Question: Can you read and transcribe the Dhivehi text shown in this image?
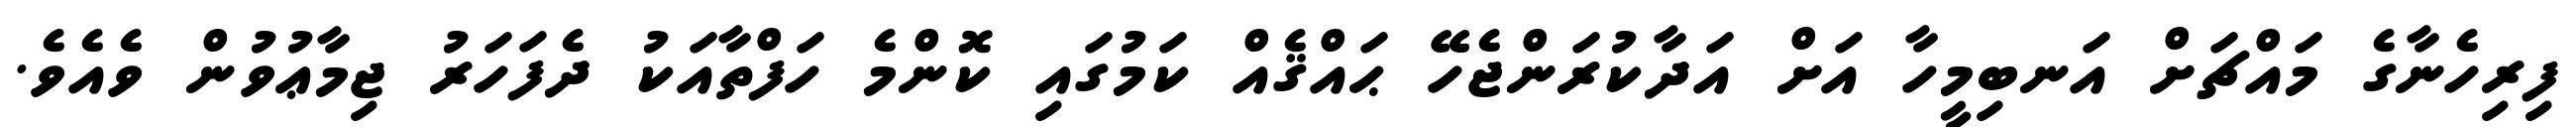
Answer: ފިރިހެނާގެ މައްޗަށް އަނބިމީހާ އަށް އަދާކުރަންޖެހޭ ޙައްޤެއް ކަމުގައި ކޮންމެ ހަފްތާއަކު ދެފަހަރު ޖިމާޢުވުން ވެއެވެ.